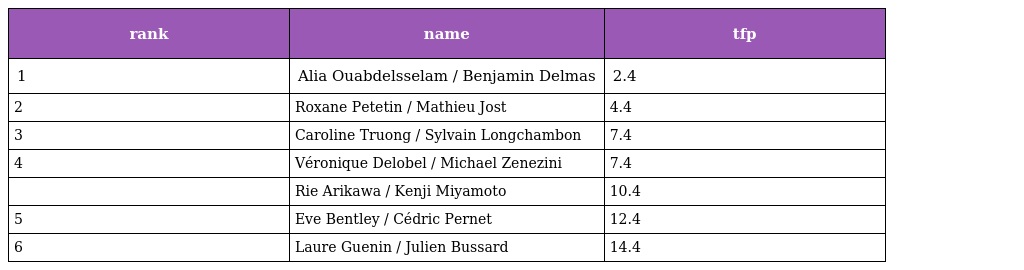
| rank | name | tfp |
 | --- | --- | --- |
 | 1 | Alia Ouabdelsselam / Benjamin Delmas | 2.4 |
 | 2 | Roxane Petetin / Mathieu Jost | 4.4 |
 | 3 | Caroline Truong / Sylvain Longchambon | 7.4 |
 | 4 | Véronique Delobel / Michael Zenezini | 7.4 |
 |  | Rie Arikawa / Kenji Miyamoto | 10.4 |
 | 5 | Eve Bentley / Cédric Pernet | 12.4 |
 | 6 | Laure Guenin / Julien Bussard | 14.4 |